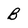
Character: B